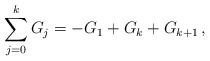
LaTeX: \begin{align*}\sum_{j = 0}^k {G_j } = - G_1 + G_k + G_{k + 1}\,,\end{align*}